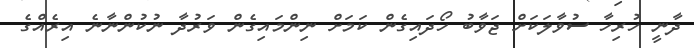
ދާނީ ހުރިހާ ސުވާލަކަށް ޖަވާބު ހޯދައިގެން ކަމަށް ނިންމައިގެން ވަރުދާ ނުކުންނާނެ އިރެއްގެ